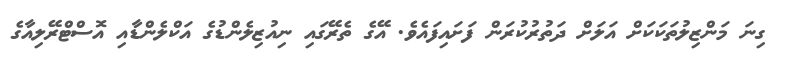
ގިނަ މަންޒިލުތަކަކަށް އަލަށް ދަތުރުކުރަން ފަށައިފައެވެ. އޭގެ ތެރޭގައި ނިއުޒިލެންޑުގެ އަކްލެންޑާއި އޮސްޓްރޭލިއާގެ